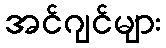
အင်ဂျင်များ